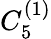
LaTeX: {C}_{5}^{(1)}